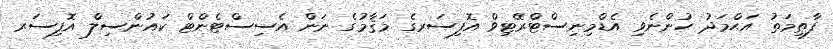
ފާޠިމަތު އަޙްމަދު ހުންނެވި އެޑްމިނިސްޓްރޭޓިވް އޮފިސަރގެ މަޤާމުގެ ނަން އެސިސްޓެންޓް ކައުންސިލް އޮފިސަރ